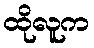
ထိုလူက